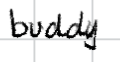
Text: buddy
Cross-out: clean
Writing tool: digital_black